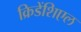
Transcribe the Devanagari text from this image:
क्रिडेंशिएल